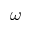
\omega